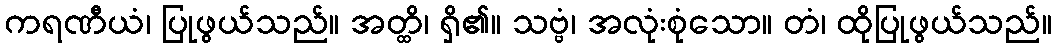
ကရဏီယံ၊ ပြုဖွယ်သည်။ အတ္ထိ၊ ရှိ၏။ သဗ္ဗံ၊ အလုံးစုံသော။ တံ၊ ထိုပြုဖွယ်သည်။